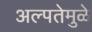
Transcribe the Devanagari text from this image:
अल्पतेमुळे